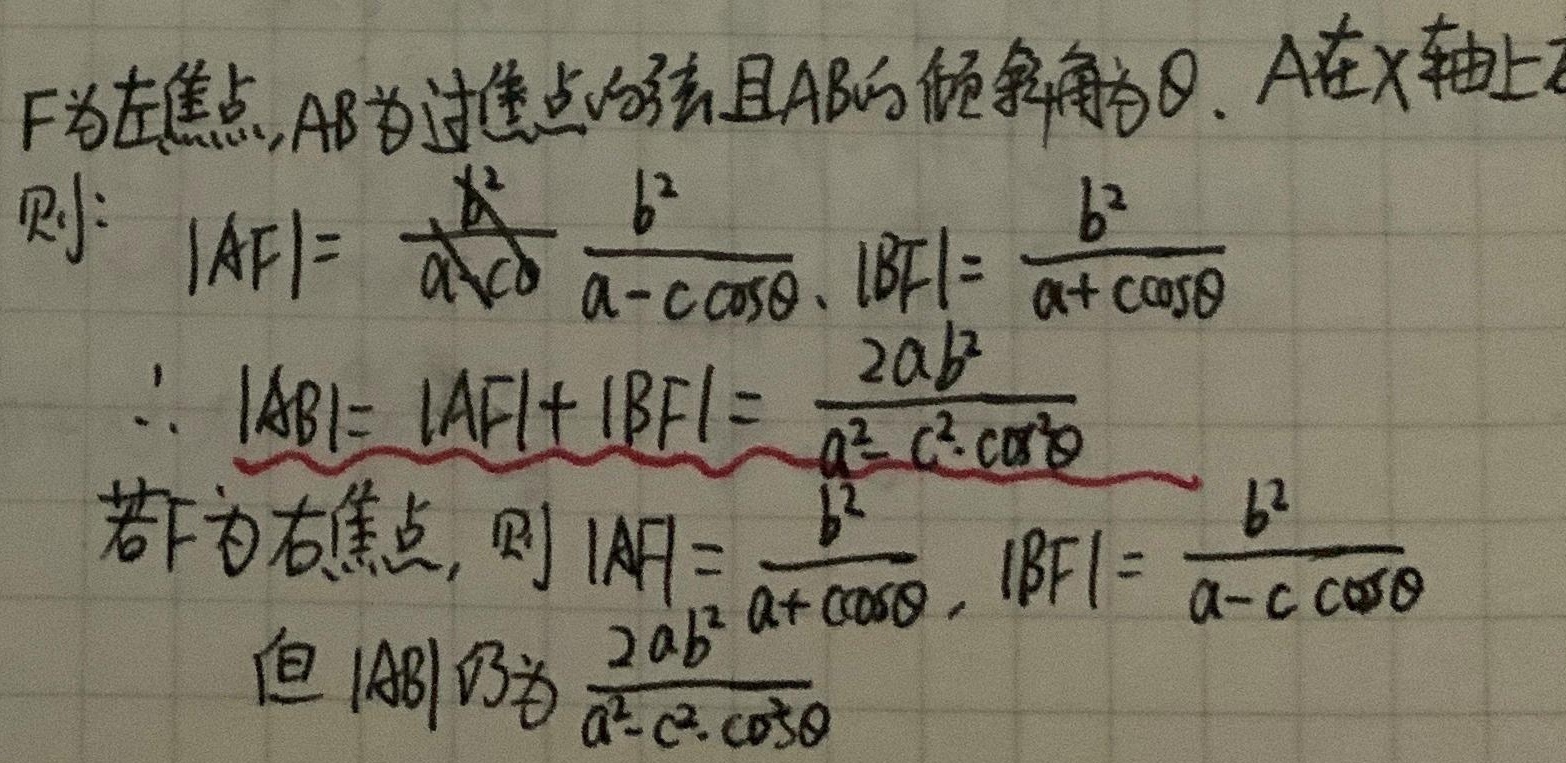
\(F\)为左焦点, \(AB\)为过焦点的弦且\(AB\)的倾斜角为\(\theta\). \(A\)在\(x\)轴上方
则: \(|AF|=\frac{b^{2}}{a - c\cos\theta}\), \(|BF|=\frac{b^{2}}{a + c\cos\theta}\)
\(\therefore |AB|=|AF| + |BF|=\frac{2ab^{2}}{a^{2}-c^{2}\cdot\cos^{2}\theta}\)
若\(F\)为右焦点, 则\(|AF|=\frac{b^{2}}{a + c\cos\theta}\), \(|BF|=\frac{b^{2}}{a - c\cos\theta}\)
但\(|AB|\)仍为\(\frac{2ab^{2}}{a^{2}-c^{2}\cdot\cos^{2}\theta}\)